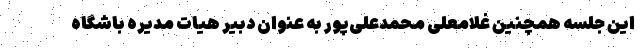
این جلسه همچنین غلامعلی محمدعلی‌پور به عنوان دبیر هیات مدیره باشگاه